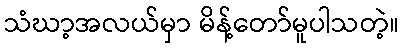
သံဃာ့အလယ်မှာ မိန့်တော်မူပါသတဲ့။